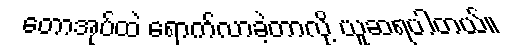
တောအုပ်ထဲ ရောက်လာခဲ့တာလို့ ယူဆရပါတယ်။